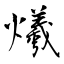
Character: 爔